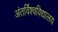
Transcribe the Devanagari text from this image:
अंतर्विश्वविद्यालय